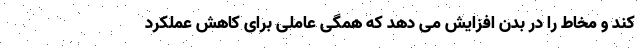
کند و مخاط را در بدن افزایش می دهد که همگی عاملی برای کاهش عملکرد